Annual statistical returns and brief notes on vaccination in Bengal - 1887-1898
Year: 1887
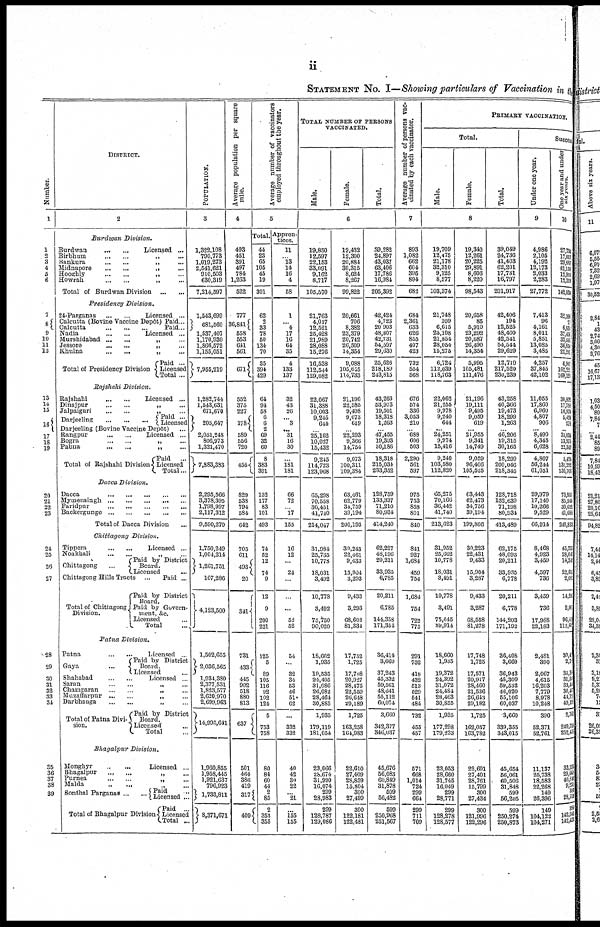
ii
STATEMENT No. I—Showing particulars of Vaccination in the
Number.
1
1
2
3
4
5
6
7
8
9
10
11
12
13
14
15
16
17
18
19
20
21
22 23
24
25
26
27
28
29
30
31
32
33
34
35
36
37
38
39
DISTRICT.
2
Burdwan
Division.
Burdwan
...
...
Licensed ...
Birbhum
...
...
„ ...
Kankura
...
...
„ ...
Midnapore
...
...
„ ...
Hooghly
...
...
„ ...
Howrah
...
...
„ ...
Total of Burdwan Division
...
...
Presidency
Division.
24-Parganas
...
...
Licensed ...
Calcutta (Bovine Vaccine Depôt)
Calcutta
...
...
...
Paid ...
Paid ...
Nadia
...
...
Licensed ...
Murshidabad
...
...
„ ...
Jessore
...
...
„ ...
Khulna
...
...
„ ...
Total of Presidency Division
Paid ...
Licensed
Total ...
Rajshahi
Division.
Rajshahi
...
...
Licensed ...
Dinajpur
...
...
„ ...
Jalpaiguri
...
...
„ ...
Darjeeling ... ... ...
Paid ...
Licensed
Darjeeling (Bovine Vaccine Depôt) ...
Rangpur
...
...
Licensed ...
Bogra
...
...
„ ...
Pabna
...
...
„ ...
Total of Rajshahi Division
Paid
...
Licensed
Total ...
Dacca
Division.
Dacca
...
...
...
...
...
Mymensingh
...
...
...
...
...
Faridpur
...
...
...
...
...
Backergunge
...
...
...
...
...
Total of Dacca Division ...
Chittagong
Division.
Tippera
...
...
Licensed ...
Noakhali
...
...
„ ...
Chittagong ...
Paid by District
Board
Licensed
Chittagong Hills Tracts
...
Total of Chittagong
Division.
Paid ...
Paid by District
Board.
Paid by Govern-
ment, &c.
Licensed ...
Total ...
Patna
Division.
Patna
...
...
Licensed ...
Gaya
...
Paid by District
Board.
Licensed ...
Shahabad
...
...
Licensed ...
Saran
...
...
„ ...
Champaran
...
...
„ ...
Muzaffarpur
...
...
„ ...
Darbhanga
...
...
„ ...
Total of Patna Divi¬
sion.
Paid by District
Board.
Licensed ...
Total ...
Bhagalpur
Division.
Monghyr
...
...
Licensed ...
Bhagalpur
...
...
„ ...
Purnea ... ... „ ...
Malda ... ... „ ...
Sonthal
Parganas ... ...
Total of Bhagalpur Division
Paid
Licensed
...
Paid ...
Licensed
Total ...
POPULATION.
3
1,322,108
790,773
1,019,273
2,541,621
910,503
630,319
7,214,597
1,543,699
681,560
1,537,407
1,170,930
1,866,572
1,155,051
7,955,219
1,282,744
1,543,631
671,670
205,647
2,051,248
806,973
1,321,470
7,883,383
2,295,566
3,378,395
1,798,997
2,117,312
9,590,270
1,750,249
1,004,214
1,261,751
107,286
4,123,500
1,502,655
2,036,565
1,934,380
2,377,531
1,823,577
2,620,970
2,699,963
14,995,641
1,960,855
1,958,445
1,921,637
796,923
1,733,811
8,371,671
Average population per square
mile.
4
493
451
391
497
784
1,263
522
777
36,841
558
553
611
561
671
552
375
227
178
589
556
720
455
829
538
794
584
642
705
611
493
20
341
731
433
445
902
518
880
813
637
501
464
386
419
317
409
Average number of vaccinators
employed throughout the year.
5
Total.
44
23
65
105
45
19
301
62
2
33
78
50
134
70
35
394
429
64
94
58
6
6
2
69
32
60
8
383
391
132
177
83
101
493
74
52
12
74
9
12
9
200
221
125
5
89
105
116 92
102
124
5
753
758
80
84
60
44
2
85
2
353
355
Appren-
tices.
11
...
13
14
16
4
58
1
...
4
17
16
64
35
4
133
137
32
43
26
...
3
... 31
16
30
...
181
181
66
72
...
17
155
16
12
...
24
...
...
...
52
52
54
...
32
34
53
46
51
62
...
332
332
40
42
30
22
...
21
...
155
155
TOTAL NUMBER OF PERSONS
VACCINATED.
Male.
Female.
Total.
6
19,850
12,597
22,153
33,091
9,162
8,717
105,570
21,763
4,017
12,521
25,428
21,989
28,088
15,276
16,538
112,544
129,082
22,067
31,388
10,003
9,245
644
...
25,162
10,027
15,432
9,245
114,723
123,968
65,298
70,558
36,451
41,740
214,047
31,984
25,735
10,778
18,031
3,492
10,778
3,492
75,750
90,020
18,662
1,935
19,535
24,405
31,086 26,082
28,464
30,885
1,935
179,119
181,054
23,066
28,674
31,990
16,074
299
28,983
299
128,787
129,086
19,432
12,300
20,884
30,315
8,624
8,267
99,822
20,661
706
8,382
23,379
20,742
26,509
14,354
9,088
105,625
114,733
21,196
22,585
9,498
9,073
619
...
22,293
9,366
14,754
9,073
100,311
109,384
63,461
62,779
34,759
39,194
200,193
30,243
22,461
9,433
15,904
3,293
9,433
3,293
68,608
81,334
17,752
1,725
17,708
20,927
28 475
22,559
26 648
29,189
1,725
163,258
164,983
22,610
27,409
28,859 15,804
300
27,499
300
122,181
122,481
89,282
24,897
43,037
63,406
17,786
16,984
205,392
42,424
4,723
20,903
48,807
42,731
54,597
29,630
25,626
218,189
243,815
43,263
53,973
19,501
18,318
1,263
...
47,455
19,393
30,186
18,318
215,034
233,352
128,759
133,337
71,210
80,934
414,240
62,227
48,196
20,211
33,935
6,785
20,211
6,785
144,358
171,354
36,414
3,660
37,243
45,332
59,561
48,641
55,112
60,074
3,660
342,377
346,037
45,676
56,083
60,849
31,878
599
56,482
599
250,968
251,567
Average number of persons vac-
cinated by each vaccinator.
7
893
1,082
662
604
395
894
682
684
2,361
633
626
855
407
423
732
554
568
676
574
336
3,053
210
...
688
606
503
2,290
561
597
975
753
858
801
840
841
927
1,684
459
754
1,684
754
722
775
291
732
418
432
513 541
541
484
732
455
457
571
668
1,014
724
299
664
299
711
709
PRIMARY VACCINATION.
Total.
Male.
Female.
Total.
8
19,709
12,475
21,178
32,310
9,125
8,577
103,374
21,748
109
6,615
25,108
21,854
28,054
15,275
6,724
112,039
118,763
22,062
21,255
9,978
9,240
644
...
24,251
9,974
15,416
9,240
103,580
112,820
65,275
70,166
36,442
41,740
213,623
31,952
25,662
10,778
18,031
3,491
10,778
3,491
75,645
89,914
18,660
1,935
19,372
24,392
31,072
24,484
28,463
30,855
1,935
177,298
179,233
23 053
28,660
31,745 16,049
299
28,771
299
128,278
128,577
19,340
12,261
20,225
29,891
8,606
8,220
98,543
20,658
85
5,910
23,292
20,687
26,490
14,354
5,995
105,481
111,476
21,196
19,111
9,495
9,059
619
... 21,955
9,341
14,749
9,059
96,466
105,525
63,443
62,473
34,756
39,194
199,866
30,223
22,431
9,433
15,904
3,287
9,433
3,287
68,558
81,278
17,748
1,725
17,571
20,917
28 460
21,536
26,643
29,182
1,725
162,057
163,782
22 601
27,401
28,761 15 799
300
27,434
300
121,996
122,296
39,049
24,736
41,403
62,201
17,731
16,797
201,917
42,406
194
12,525
48,400
42,541
54,544
29,629
12,719
217,520
230,239
43,258
40,366
19,473
18,299
1,263
... 46,206
19,315
30,165
18,299
200,046
218,345
128,718
132,639
71,198
80,931
413,489
62,175
48,093
20,211
33,935
6,778
20,211
6,778
144,203
171,192
36,408
3,660
36,943
45,309
59,532 46,020
55,106
60,037
3,660
339,355
343,015
45,654
56,061
60,506 31 848
599 56,205
599
250,274
250,873
Success
Under one year.
9
4,986
2,105
4,192
12,173
2,033
2,283
27,772
7,413
96
4,161
8,011
5,851
13,085
3,485
4,257
37,845
42,102
11,055
17,860
6,960
4,807
906
... 8,490
4,345
6,628
4,807
56,244
61,051
29,979
17,140
10,266
9,529
66,914
8,468
4,923
3,459
4,597
736
3,459
736
17,988
22,183
2,481
390
2,067
4,615
16,203 7,779
8,978
10,248
390
52,371
52,761
11,137
25,733
18,583 22,268
149 26,396
149
104,122
104,271
One year and under
six years.
10
27,734
17,017
29,857
42,135
13,918
12,319
142,034
32,106
77
6,839
37,436
33,513
36,854
22,204
6,997
161,221
169,116
30,823
17,789
10,974
5,424
273
... 35,034
13,975
23,349
5,424
131,288
136,705
73,852
85,568
39,698
41,683
240,834
45,75
28,048
14,28
22,61
2,06
14,24
2,00
96,41
112,60
30,4
2,7
30,3
31,04
33,44
30,45
41,72
49,19
2,763
249,714
252,42
83,598
29,663
40,844
9,231
354
28,768
384
142,041 142,423